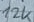
Text: 12K